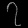
Digit: ၇